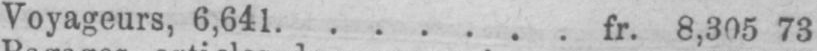
Voyageurs, 6,641 ....... fr. 8,305 73